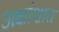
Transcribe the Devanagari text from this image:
अक्षांशात